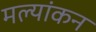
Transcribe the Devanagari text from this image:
मल्यांकन